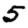
Digit: 5